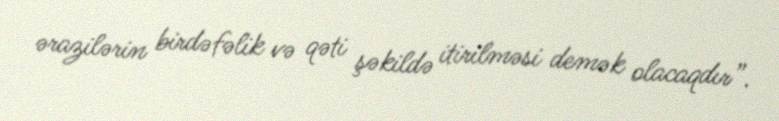
ərazilərin birdəfəlik və qəti şəkildə itirilməsi demək olacaqdır”.